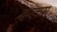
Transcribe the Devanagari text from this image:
क्वरकस